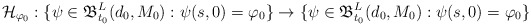
\begin{align*}\mathcal{H}_{\varphi_0}:\{\psi\in\mathfrak{B}_{t_0}^{L}(d_0,M_0): \psi(s,0)=\varphi_0\}\to\{\psi\in\mathfrak{B}_{t_0}^{L}(d_0,M_0): \psi(s,0)=\varphi_0\}\end{align*}